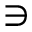
\ni